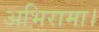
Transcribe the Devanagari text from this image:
अभिरामा।